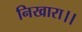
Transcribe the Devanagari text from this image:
निखारा।।